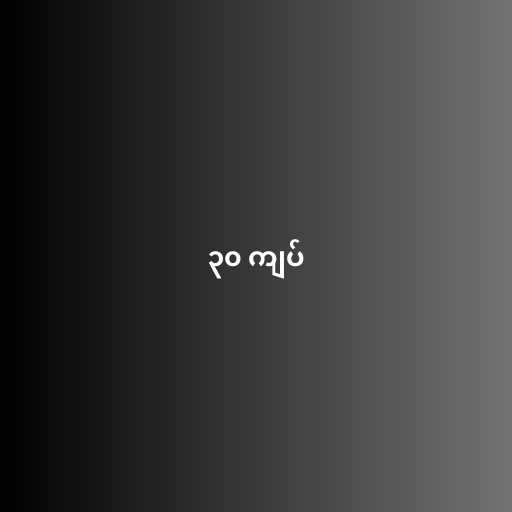
၃၀ ကျပ်